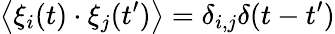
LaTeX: \left<{\xi_{i}(t)\cdot\xi_{j}(t^{\prime})}\right>=\delta_{i,j}\delta(t-t^{\prime})